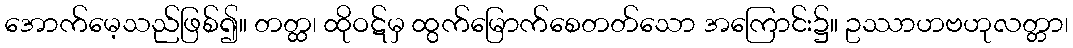
အောက်မေ့သည်ဖြစ်၍။ တတ္ထ၊ ထိုဝဋ်မှ ထွက်မြောက်စေတတ်သော အကြောင်း၌။ ဥဿာဟဗဟုလတ္တာ၊